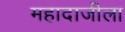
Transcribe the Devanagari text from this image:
महादाजीला